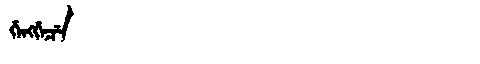
Manchu: ᡤᡝᠩᡤᡝᠴᡝ
Romanization: GENGGECE